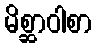
မိစ္ဆာဝါစာ